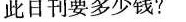
此日刊要多少钱?